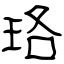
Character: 珞